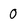
Character: 0